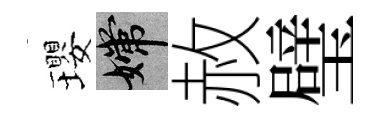
瓔嫦赦璧